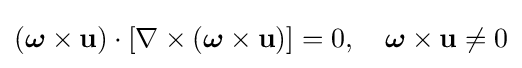
({\boldsymbol {\omega }}\times \mathbf {u} )\cdot [\nabla \times ({\boldsymbol {\omega }}\times \mathbf {u} )]=0,\quad {\boldsymbol {\omega }}\times \mathbf {u} \neq 0